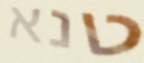
טנא